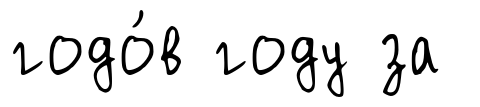
годо́в году за